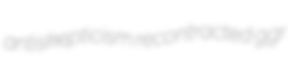
antiskepticism recontracted ggr